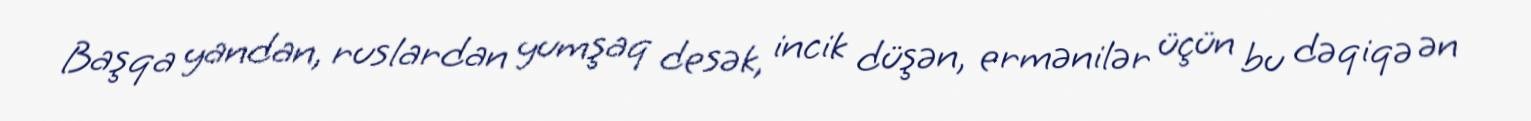
Başqa yandan, ruslardan yumşaq desək, incik düşən, ermənilər üçün bu dəqiqə ən